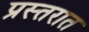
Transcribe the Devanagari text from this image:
प्रस्तरात